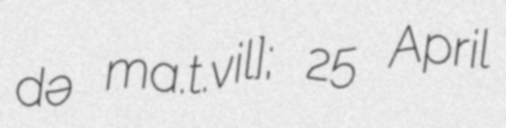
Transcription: də maʁ.tɛ̃.vil]; 25 April